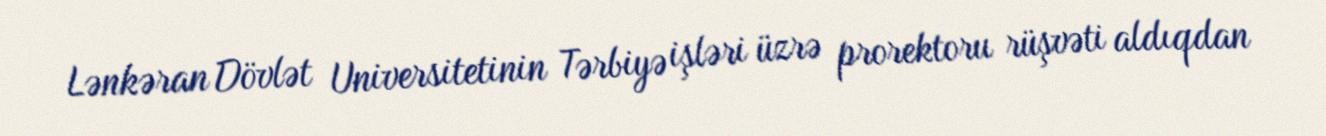
Lənkəran Dövlət Universitetinin Tərbiyə işləri üzrə prorektoru rüşvəti aldıqdan